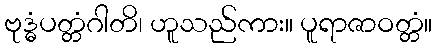
ဗုဒ္ဓံပတ္တံဂါတိ၊ ဟူသည်ကား။ ပူရာဇာဝတ္တံ။